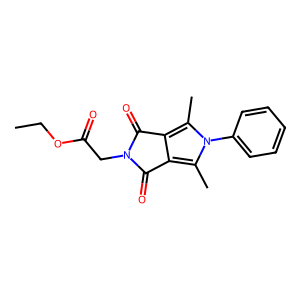
SMILES: CCOC(=O)CN1C(=O)c2c(c(C)n(-c3ccccc3)c2C)C1=O
Inhibits HIV replication: No